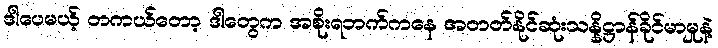
ဒါပေမယ့် တကယ်တော့ ဒါတွေက အစိုးရဘက်ကနေ အတတ်နိုင်ဆုံးသန္နိဋ္ဌာန်ခိုင်မာမှုနဲ့